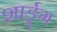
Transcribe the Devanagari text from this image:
शार्ङ्र्ग